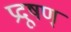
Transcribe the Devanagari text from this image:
प्रदूषण्